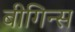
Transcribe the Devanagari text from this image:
बीगिन्स